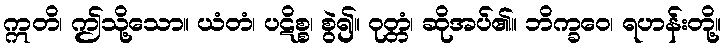
ဣတိ၊ ဤသို့သော။ ယံတံ၊ ပဋိစ္စ၊ စွဲ၍။ ဝုတ္တံ၊ ဆိုအပ်၏။ ဘိက္ခဝေ၊ ရဟန်းတို့။